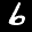
Label: 6